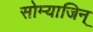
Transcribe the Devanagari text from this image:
सोम्याजिन्